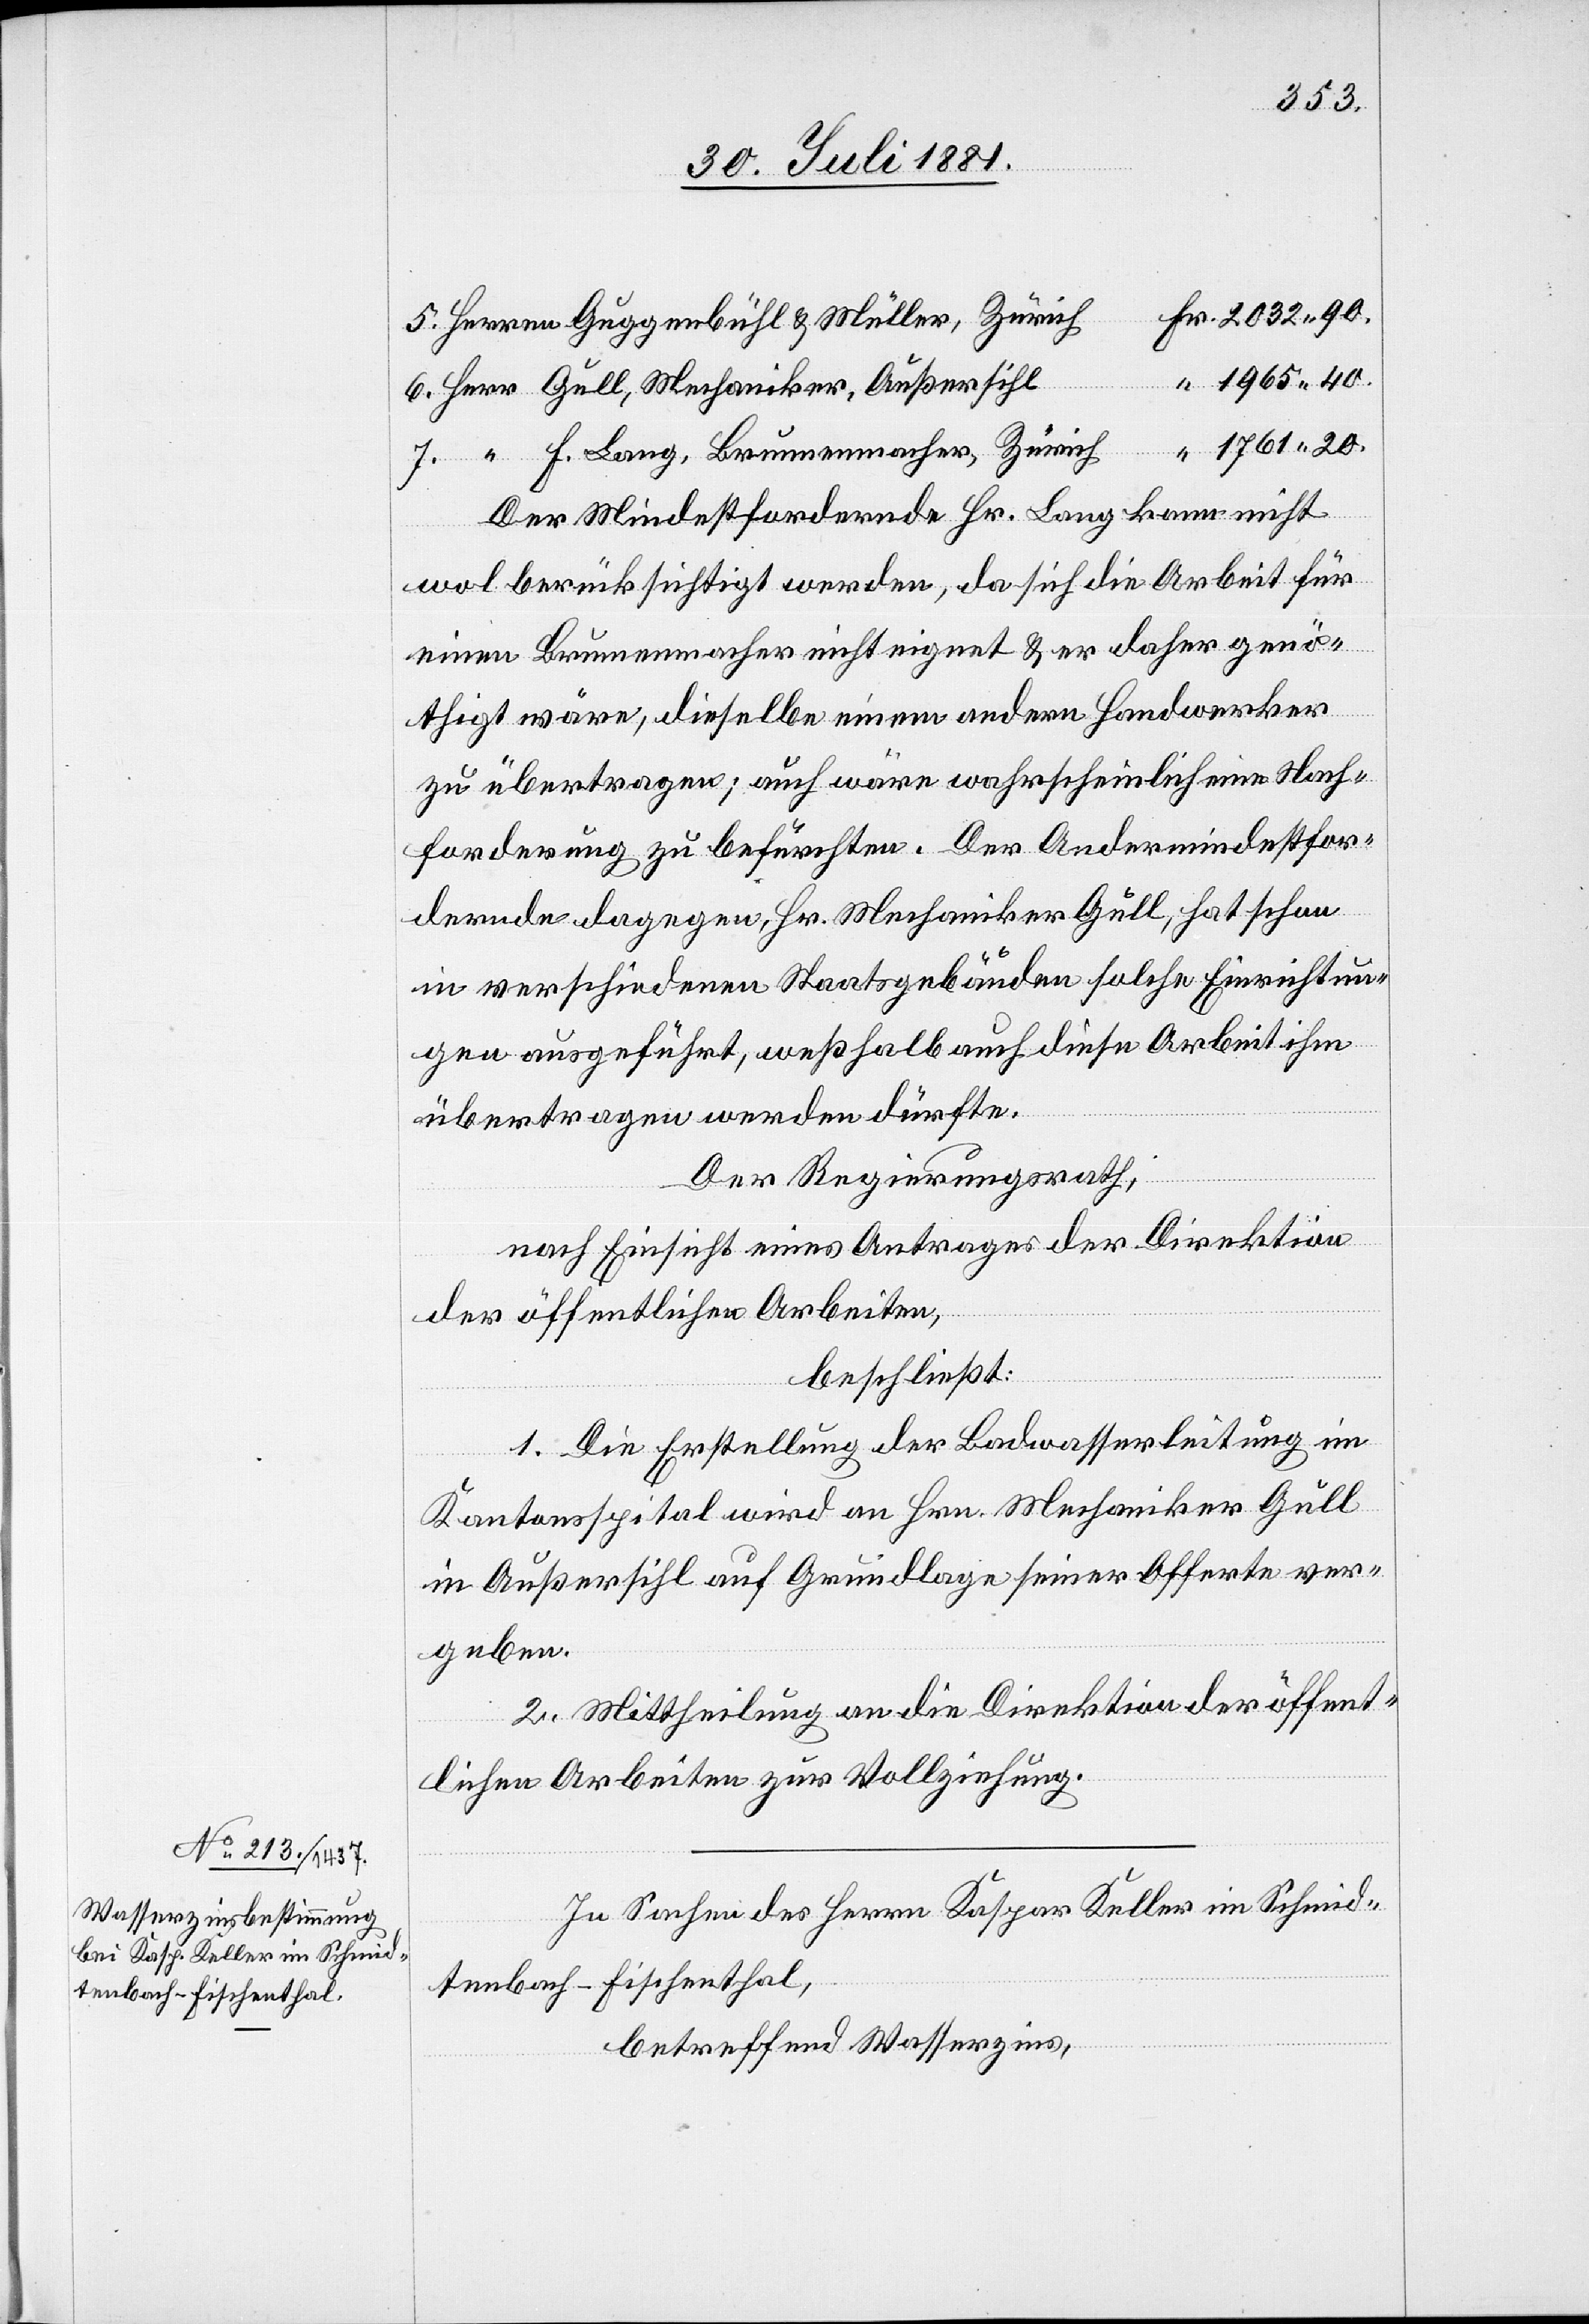
1965 40.
Der Mindestfordernde Hr. Lang kann nicht
wol berücksichtigt werden, da sich die Arbeit für
einen Brunnenmacher nicht eignet & er daher genö¬
20.
thigt wäre, dieselbe einem andern Handwerker
zu übertragen; auch wäre wahrscheinlich eine Nach¬
forderung zu befürchten. Der Andermindestfor¬
dernde dagegen, Hr. Mechaniker Gull, hat schon
in verschiedenen Staatsgebäuden solche Einrichtun¬
gen ausgeführt, weßhalb auch diese Arbeit ihm
übertragen werden dürfte.
Der Regierungsrath,
nach Einsicht eines Antrages der Direktion
der öffentlichen Arbeiten,
beschließt:
1. Die Erstellung der Badwasserleitung im
Zürich
Kantonsspital wird an Hrn. Mechaniker Gull
in Außersihl auf Grundlage seiner Offerte ver¬
geben.
2. Mittheilung an die Direktion der öffent¬
lichen Arbeiten zur Vollziehung.
In Sachen des Herrn Kaspar Keller im Schmid¬
tenbach - Fischenthal,
betreffend Wasserzins,